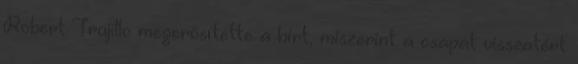
Robert Trujillo megerősítette a hírt, miszerint a csapat visszatért